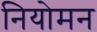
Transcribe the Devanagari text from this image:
नियोमन